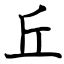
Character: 丘